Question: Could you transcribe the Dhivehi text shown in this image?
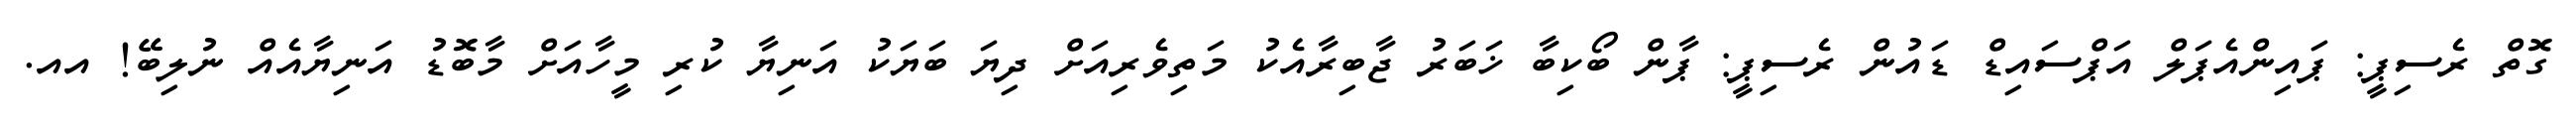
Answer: ގޮތް ރެސިޕީ: ޕައިންއެޕަލް އަޕްސައިޑް ޑައުން ރެސިޕީ: ޕާން ބޯކިބާ ޚަބަރު ޖާބިރާއެކު މަތިވެރިއަށް ދިޔަ ބަޔަކު އަނިޔާ ކުރި މީހާއަށް މާބޮޑު އަނިޔާއެއް ނުލިބޭ! އއ.